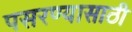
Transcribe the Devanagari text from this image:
पसरण्यासाठी